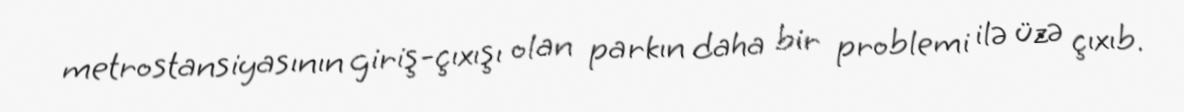
metrostansiyasının giriş-çıxışı olan parkın daha bir problemi ilə üzə çıxıb.